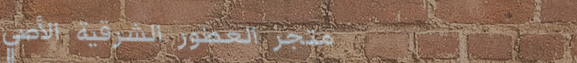
متجر العطور الشرقية الأصي